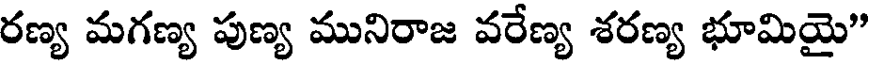
రణ్య మగణ్య పుణ్య మునిరాజ వరేణ్య శరణ్య భూమియై"